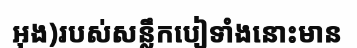
អុង)របស់សន្លឹកបៀទាំងនោះមាន